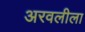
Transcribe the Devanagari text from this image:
अरवलीला